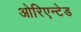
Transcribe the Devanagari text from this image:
ओरिएन्टेड